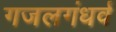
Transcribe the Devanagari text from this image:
गजलगंधर्व